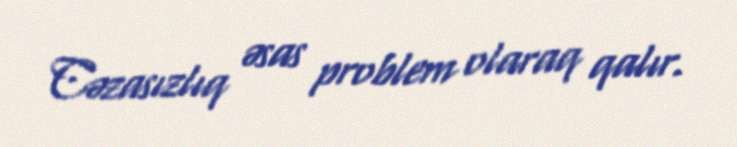
Cəzasızlıq əsas problem olaraq qalır.